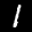
Label: 1